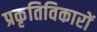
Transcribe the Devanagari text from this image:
प्रकृतिविकारों